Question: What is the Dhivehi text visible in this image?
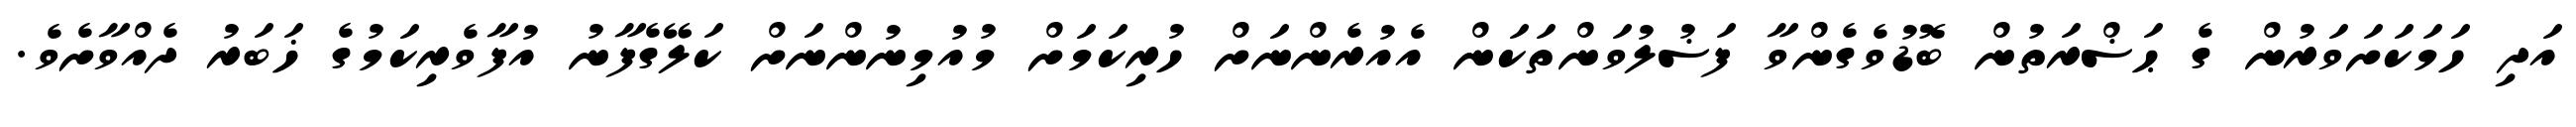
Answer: އަދި ހަމަކަށަވަރުން ގެ ޙަޟްރަތުން ބޮޑުވެގެންވާ ފަޟުލުވަންތަކަން އެއުރެންނަށް ހުރިކަމަށް މުއުމިނުންނަށް ކަލޭގެފާނު އުފާވެރިކަމުގެ ޚަބަރު ދެއްވާށެވެ.